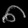
Digit: ၈